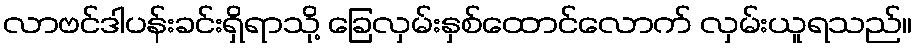
လာဗင်ဒါပန်းခင်းရှိရာသို့ ခြေလှမ်းနှစ်ထောင်လောက် လှမ်းယူရသည်။